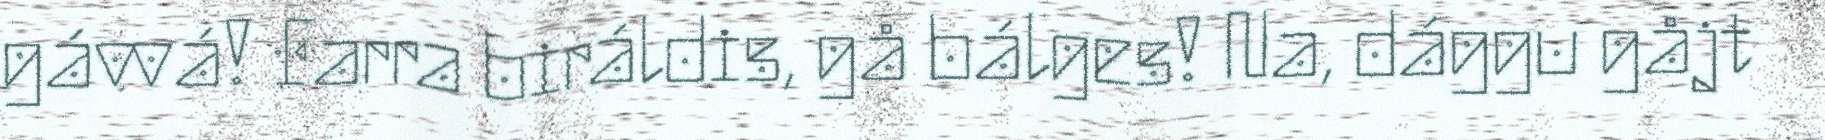
gávvá! Farra biráldis, gå bálges! Na, dággu gåjt